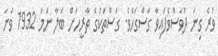
ވުރެ ގިނަ ދުވަސްވެފައިވާ ގަސްގަހެވެ. ގަސްތަކުގެ ތާރީހަށް ބަލާ ނަމަ 1932 ވަނަ